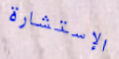
الإستشارة